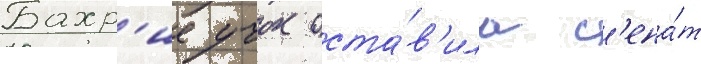
Бахр'ие учок оста́в'ила с'ена́т